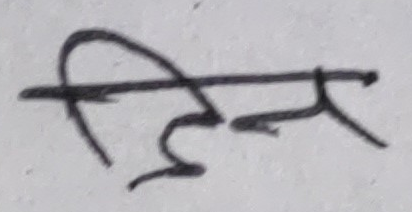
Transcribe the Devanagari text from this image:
दिन